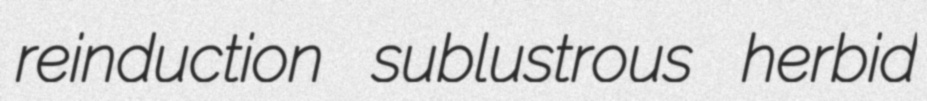
reinduction sublustrous herbid